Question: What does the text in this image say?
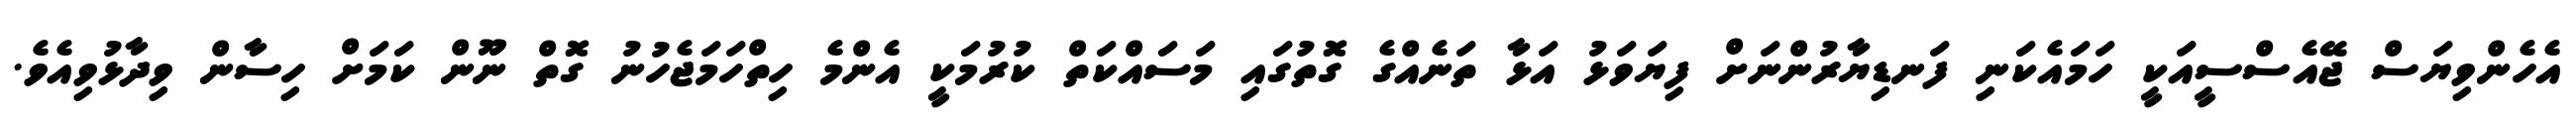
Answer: އެހެންވިޔަސް ޖޭއެސްސީއަކީ ހަމައެކަނި ފަނޑިޔާރުންނަށް ފިޔަވަޅު އަޅާ ތަނެއްގެ ގޮތުގައި މަސައްކަތް ކުރުމަކީ އެންމެ ހިތްހަމަޖެހުނު ގޮތް ނޫން ކަމަށް ހިސާން ވިދާޅުވިއެވެ.